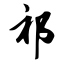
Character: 祁